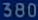
380